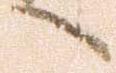
へ